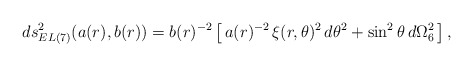
\begin{align*}ds_{EL(7)}^2(a(r),b(r))=b(r)^{-2} \left[\,a(r)^{-2}\,\xi(r, \theta)^2\,d\theta^2 +\sin^2 \theta\,d\Omega_6^2 \,\right],\end{align*}